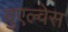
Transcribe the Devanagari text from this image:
वुएल्वेस